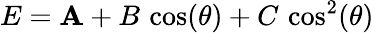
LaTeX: E=\mathbf{A}+B\, \cos(\theta)+C\, \cos^{2}(\theta)